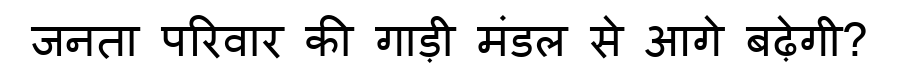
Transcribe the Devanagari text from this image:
जनता परिवार की गाड़ी मंडल से आगे बढ़ेगी?